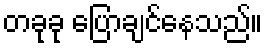
တခုခု ပြောချင်နေသည်။